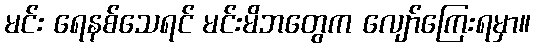
မင်း ရေနစ်သေရင် မင်းမိဘတွေက လျော်ကြေးရမှာ။